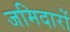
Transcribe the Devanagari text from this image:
जमिदारों